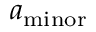
a _ { \mathrm { m i n o r } }